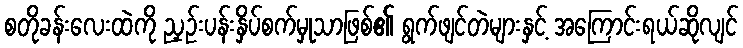
စတိုခန်းလေးထဲကို ညှဉ်းပန်းနှိပ်စက်မှုသာဖြစ်၏ ရွက်ဖျင်တဲများနှင့် အကြောင်းရယ်ဆိုလျင်